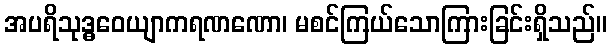
အပရိသုဒ္ဓဝေယျာကရဏဏော၊ မစင်ကြယ်သောကြားခြင်းရှိသည်။